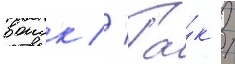
воиск // Та́к /